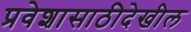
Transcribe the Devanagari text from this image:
प्रवेशासाठीदेखील